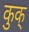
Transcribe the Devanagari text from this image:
कुक्